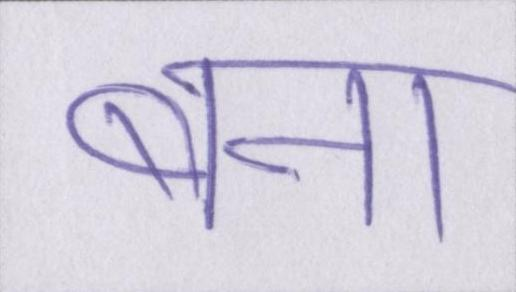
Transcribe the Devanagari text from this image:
बना